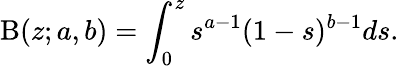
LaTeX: \mathrm{B}(z;a,b)=\int_{0}^{z}s^{a-1}(1-s)^{b-1}ds.